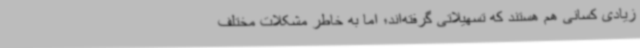
زیادی کسانی هم هستند که تسهیلاتی گرفته‌اند؛ اما به خاطر مشکلات مختلف